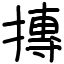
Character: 摶